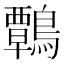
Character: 鷣